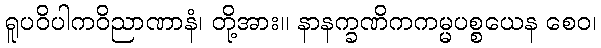
ရူပဝိပါကဝိညာဏာနံ၊ တို့အား။ နာနက္ခဏိကကမ္မပစ္စယေန စေဝ၊